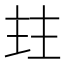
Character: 𰀩